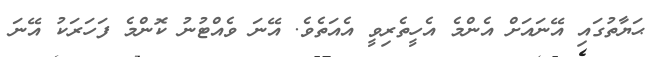
ޙަޔާތުގައި އޭނައަށް އެންމެ އެހީތެރިވީ އެއަތެވެ. އޭނަ ވެއްޓުނު ކޮންމެ ފަހަރަކު އޭނަ